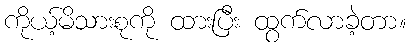
ကိုယ့်မိသားစုကို ထားပြီး ထွက်လာခဲ့တာ။